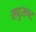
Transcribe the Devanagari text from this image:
सदुसष्ट